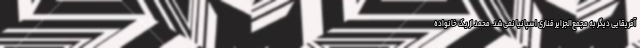
آفریقایی دیگر به مجمع‌الجزایر قناری اسپانیا نمی‌شد. محمد از یک خانواده